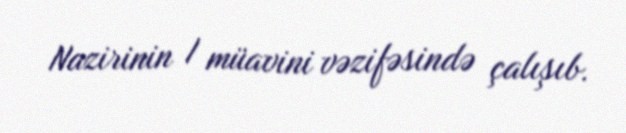
Nazirinin I müavini vəzifəsində çalışıb.